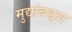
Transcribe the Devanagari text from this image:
मुद्यांबद्दल